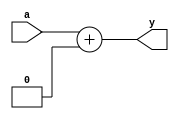
module submod(input [7:0] a, output [7:0] y);
  parameter integer increment = 0;
  initial begin
    if (increment == 0) begin
      $display("increment parameter must have a non-zero value!");
      //$stop;
    end
  end
  assign y = a + increment;
endmodule

module top(input [7:0] a, output [7:0] y);
  parameter integer incr = 0;
  submod #(incr) submod_instance (a, y);
endmodule